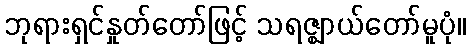
ဘုရားရှင်နှုတ်တော်ဖြင့် သရဇ္ဈာယ်တော်မူပုံ။